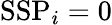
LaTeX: \mathrm{SSP}_{i}=0